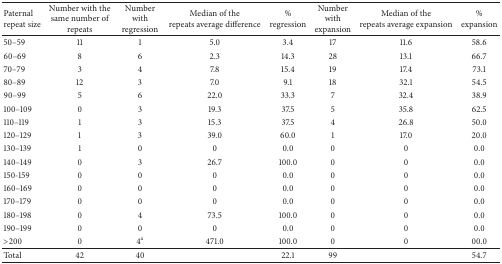
<table><thead><tr><td><b>Paternal repeat size</b></td><td><b>Number with the same number of repeats</b></td><td><b>Number with regression</b></td><td><b>Median of the repeats average difference</b></td><td><b>% regression</b></td><td><b>Number with expansion</b></td><td><b>Median of the repeats average expansion</b></td><td><b>% expansion</b></td></tr></thead><tbody><tr><td>50–59</td><td>11</td><td>1</td><td>5.0</td><td>3.4</td><td>17</td><td>11.6</td><td>58.6</td></tr><tr><td>60–69</td><td>8</td><td>6</td><td>2.3</td><td>14.3</td><td>28</td><td>13.1</td><td>66.7</td></tr><tr><td>70–79</td><td>3</td><td>4</td><td>7.8</td><td>15.4</td><td>19</td><td>17.4</td><td>73.1</td></tr><tr><td>80–89</td><td>12</td><td>3</td><td>7.0</td><td>9.1</td><td>18</td><td>32.1</td><td>54.5</td></tr><tr><td>90–99</td><td>5</td><td>6</td><td>22.0</td><td>33.3</td><td>7</td><td>32.4</td><td>38.9</td></tr><tr><td>100–109</td><td>0</td><td>3</td><td>19.3</td><td>37.5</td><td>5</td><td>35.8</td><td>62.5</td></tr><tr><td>110–119</td><td>1</td><td>3</td><td>15.3</td><td>37.5</td><td>4</td><td>26.8</td><td>50.0</td></tr><tr><td>120–129</td><td>1</td><td>3</td><td>39.0</td><td>60.0</td><td>1</td><td>17.0</td><td>20.0</td></tr><tr><td>130–139</td><td>1</td><td>0</td><td>0</td><td>0.0</td><td>0</td><td>0</td><td>0.0</td></tr><tr><td>140–149</td><td>0</td><td>3</td><td>26.7</td><td>100.0</td><td>0</td><td>0</td><td>0.0</td></tr><tr><td>150-159</td><td>0</td><td>0</td><td>0</td><td>0.0</td><td>0</td><td>0</td><td>0.0</td></tr><tr><td>160–169</td><td>0</td><td>0</td><td>0</td><td>0.0</td><td>0</td><td>0</td><td>0.0</td></tr><tr><td>170–179</td><td>0</td><td>0</td><td>0</td><td>0.0</td><td>0</td><td>0</td><td>0.0</td></tr><tr><td>180–198</td><td>0</td><td>4</td><td>73.5</td><td>100.0</td><td>0</td><td>0</td><td>0.0</td></tr><tr><td>190–199</td><td>0</td><td>0</td><td>0</td><td>0.0</td><td>0</td><td>0</td><td>0.0</td></tr><tr><td>&gt;200</td><td>0</td><td>4<sup>a</sup></td><td>471.0</td><td>100.0</td><td>0</td><td>0</td><td>00.0</td></tr><tr><td>Total</td><td>42</td><td>40</td><td> </td><td>22.1</td><td>99</td><td> </td><td>54.7</td></tr></tbody></table>